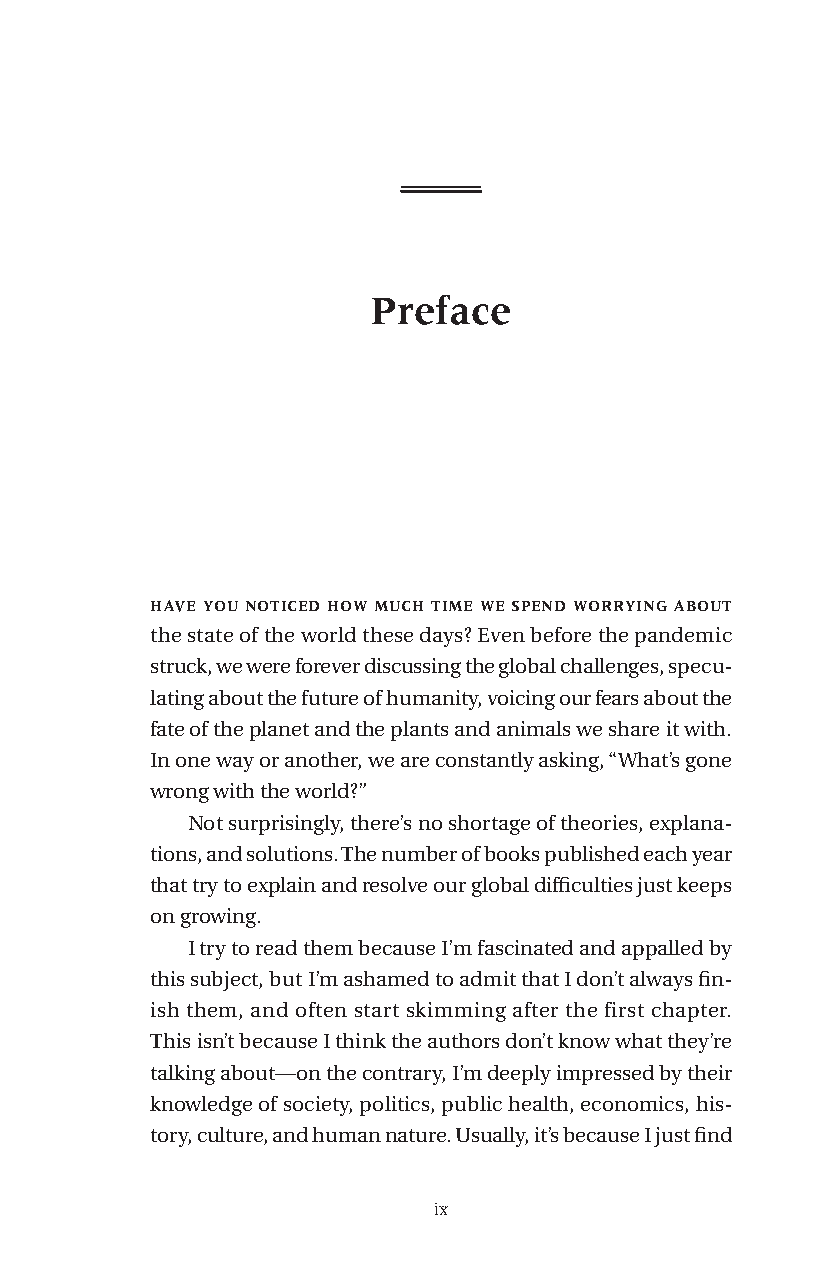
Preface
 have you noticed how much time we spend worrying about
 the state of the world these days? Even before the pandemic
 struck, we were forever discussing the global challenges, specu-
 lating about the future of humanity, voicing our fears about the
 fate of the planet and the plants and animals we share it with.
 In one way or another, we are constantly asking, “What’s gone
 wrong with the world?”
 Not surprisingly, there’s no shortage of theories, explana-
 tions, and solutions. The number of books published each year
 that try to explain and resolve our global difficulties just keeps
 on growing.
 I try to read them because I’m fascinated and appalled by
 this subject, but I’m ashamed to admit that I don’t always fin-
 ish them, and often start skimming after the first chapter.
 This isn’t because I think the authors don’t know what they’re
 talking about—on the contrary, I’m deeply impressed by their
 knowledge of society, politics, public health, economics, his-
 tory, culture, and human nature. Usually, it’s because I just find
 ix